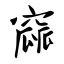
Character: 窳